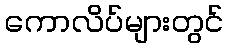
ကောလိပ်များတွင်